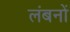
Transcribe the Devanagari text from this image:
लंबनों